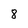
Character: 8